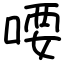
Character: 喓